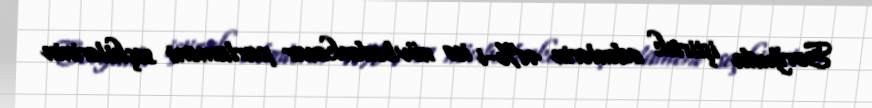
Sorğuda iştirak edənlərin 41%-i isə növbədənkənar parlament seçkilərinin